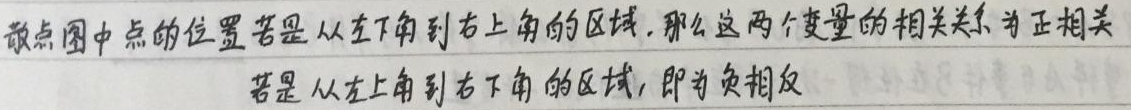
散点图中点的位置若是从左下角到右上角的区域，那么这两个变量的相关关系为正相关。若是从左上角到右下角的区域，即为负相关。